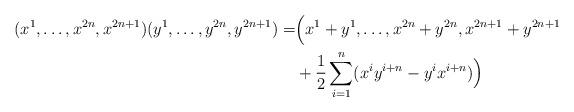
LaTeX: \begin{align*}(x^1,\ldots,x^{2n},x^{2n+1})(y^1,\ldots,y^{2n},y^{2n+1})=&\Big( x^1+y^1,\ldots,x^{2n}+y^{2n},x^{2n+1}+y^{2n+1}\\&+\frac{1}{2}\sum_{i=1}^n(x^iy^{i+n}-y^ix^{i+n})\Big)\end{align*}